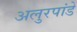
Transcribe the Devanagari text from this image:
अलुरपांडे